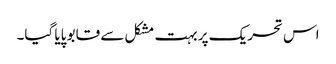
اس تحریک پر بہت مشکل سے قابو پایا گیا۔